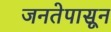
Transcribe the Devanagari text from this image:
जनतेपासून